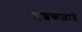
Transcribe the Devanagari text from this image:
इशकज़ादे